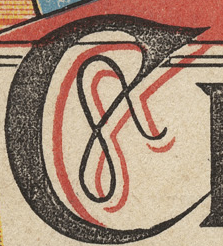
C&